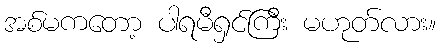
အစ်မကတော့ ပါရမီရှင်ကြီး မဟုတ်လား။